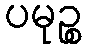
ပမုဉ္စ